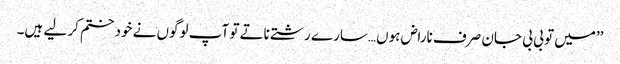
’’میں تو بی بی جان صرف ناراض ہوں…سارے رشتے ناتے تو آپ لوگوں نے خود ختم کر لیے ہیں۔